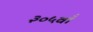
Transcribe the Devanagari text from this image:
३०५वाँ